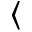
\langle